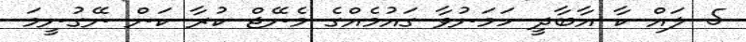
5 ލައް ކާ އާބާދީ ހަމަނުވާ ގައުމެއްގެ މެނޭޖް ކުރާ ކަން ނޭގުނީމަ